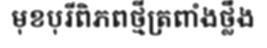
មុខបុរីពិភពថ្មីត្រពាំងថ្លឹង